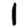
Digit: 1